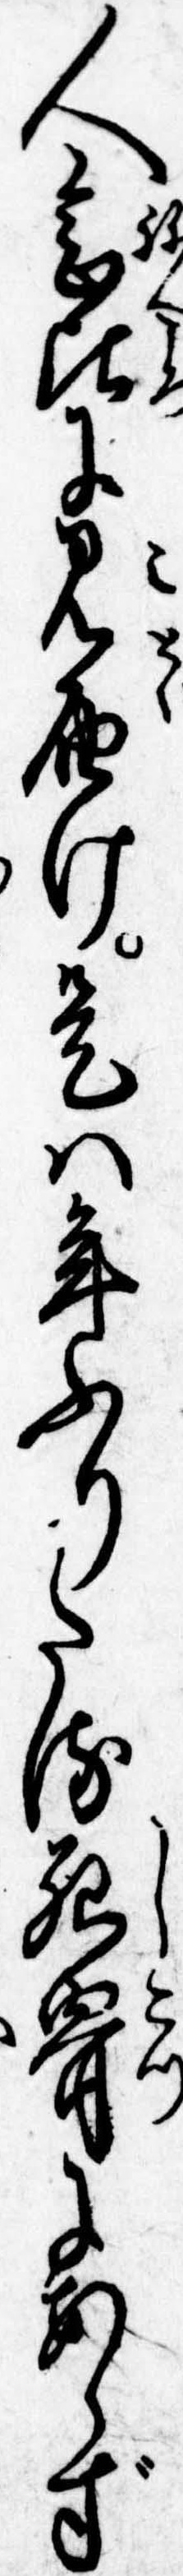
人念比に見届け是は年ふりたる死骨にあらず